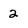
Character: 2